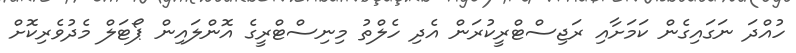
ހުއްދަ ނަގައިގެން ކަމަށާއި ރަޖިސްޓްރީކުރަން އެދި ހެލްތު މިނިސްޓްރީގެ އޮންލައިން ޕޯޓަލް މެދުވެރިކޮށް